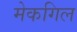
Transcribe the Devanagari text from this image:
मेकगिल